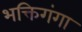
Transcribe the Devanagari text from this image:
भक्तिगंगा